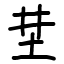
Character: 坓